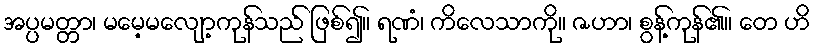
အပ္ပမတ္တာ၊ မမေ့မလျော့ကုန်သည် ဖြစ်၍။ ရဏံ၊ ကိလေသာကို။ ဇဟာ၊ စွန့်ကုန်၏။ တေ ဟိ